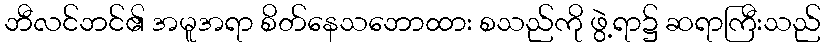
ဘီလင်ဘင်၏ အမူအရာ စိတ်နေသဘောထား စသည်ကို ဖွဲ့ရာ၌ ဆရာကြီးသည်